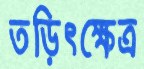
তড়িৎক্ষেত্র